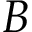
B